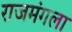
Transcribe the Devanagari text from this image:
राजमंगला